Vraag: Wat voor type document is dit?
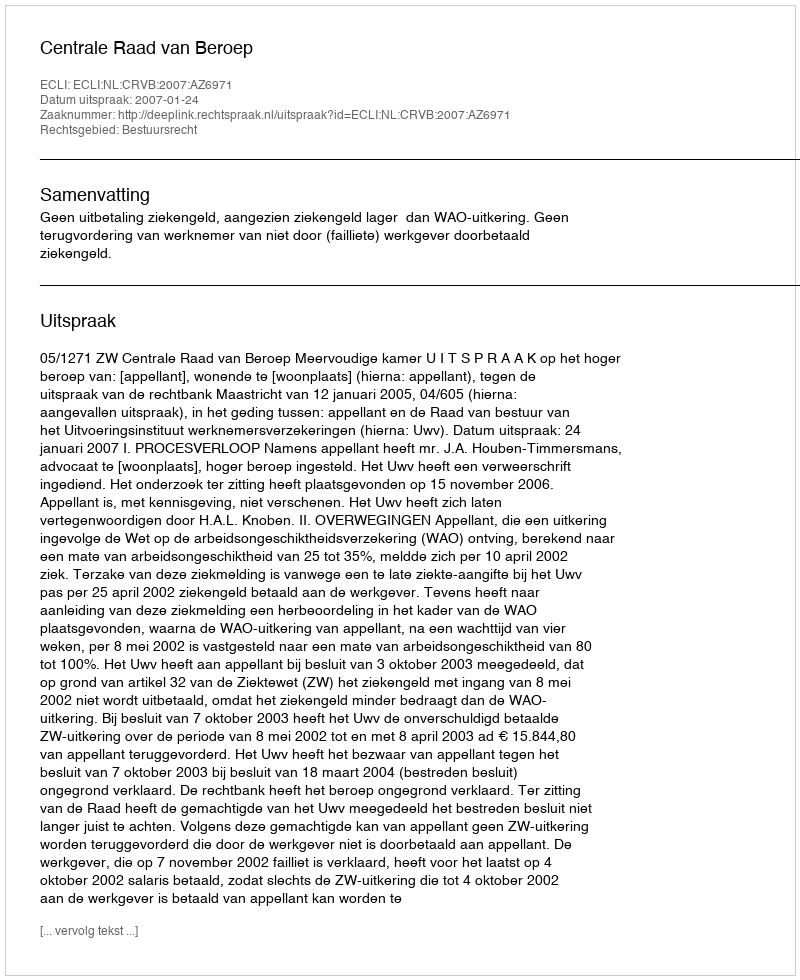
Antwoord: Uitspraak